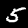
Label: 5